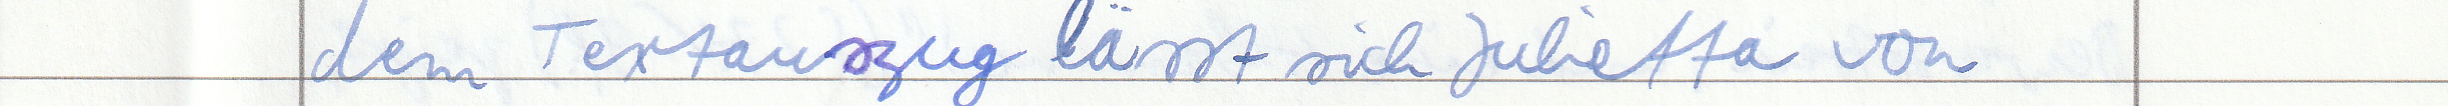
dem Textauszug lässt sich Julietta von